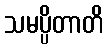
သမပ္ပိတာတိ